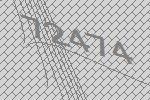
72474